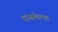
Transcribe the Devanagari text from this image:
डांबलेल्या